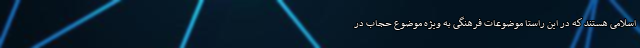
اسلامی هستند که در این راستا موضوعات فرهنگی به ویژه موضوع حجاب در